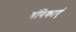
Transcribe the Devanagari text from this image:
श्रंगिकाएं